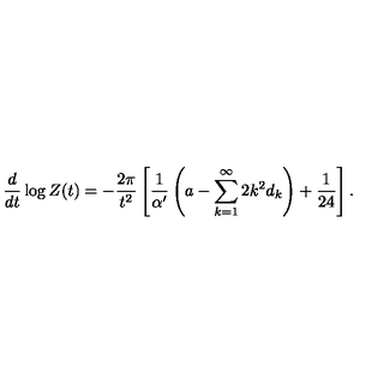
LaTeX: \frac d { d t } \log Z ( t ) = - \frac { 2 \pi } { t ^ { 2 } } \left[ \frac 1 { \alpha ^ { \prime } } \left( a - \sum _ { k = 1 } ^ { \infty } 2 k ^ { 2 } d _ { k } \right) + \frac 1 { 2 4 } \right] .